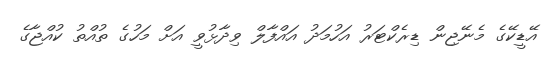
އޭޑީކޭގެ މެނޭޖިން ޑިރެކްޓަރު އަހުމަދު އައްފާލް ވިދާޅުވީ އަށް މަހުގެ ތުއްތު ކުއްޖާގެ